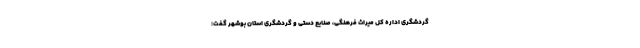
گردشگری اداره کل میراث فرهنگی، صنایع دستی و گردشگری استان بوشهر گفت: